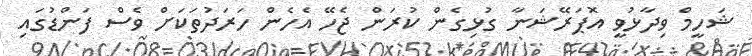
ޝަހީމް ވިދާޅުވީ އޮޕަރޭޝަނާ ގުޅިގެން ކުރަން ޖެހޭ އެހެން ހަރަދުތަކަށް ވެސް ފަންޑުގައި